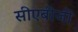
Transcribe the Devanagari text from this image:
सीएबीजी